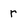
Character: r